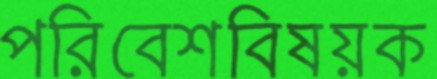
পরিবেশবিষয়ক